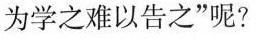
为学之难以告之”呢?